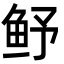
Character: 𮬛